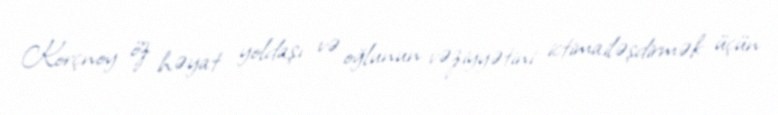
Korçnoy öz həyat yoldaşı və oğlunun vəziyyətini ictimailəşdirmək üçün